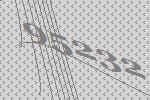
95232